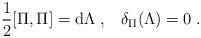
LaTeX: \begin{align*}\frac{1}{2} [\Pi,\Pi] = {\rm d}\Lambda\;,\;\;\; \delta_\Pi (\Lambda) = 0\;. \end{align*}